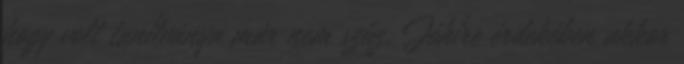
hogy volt tanítványa már nem szűz. Jóhíre érdekében akkor